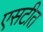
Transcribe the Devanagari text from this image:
एसटीत